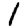
Digit: 1